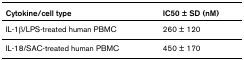
<table><thead><tr><td><b>Cytokine/cell type</b></td><td><b>IC50 ± SD (nM)</b></td></tr></thead><tbody><tr><td>IL-1β/LPS-treated human PBMC</td><td>260 ± 120</td></tr><tr><td>IL-18/SAC-treated human PBMC</td><td>450 ± 170</td></tr></tbody></table>